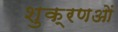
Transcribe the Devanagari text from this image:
शुक्रणओं